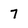
Character: 7